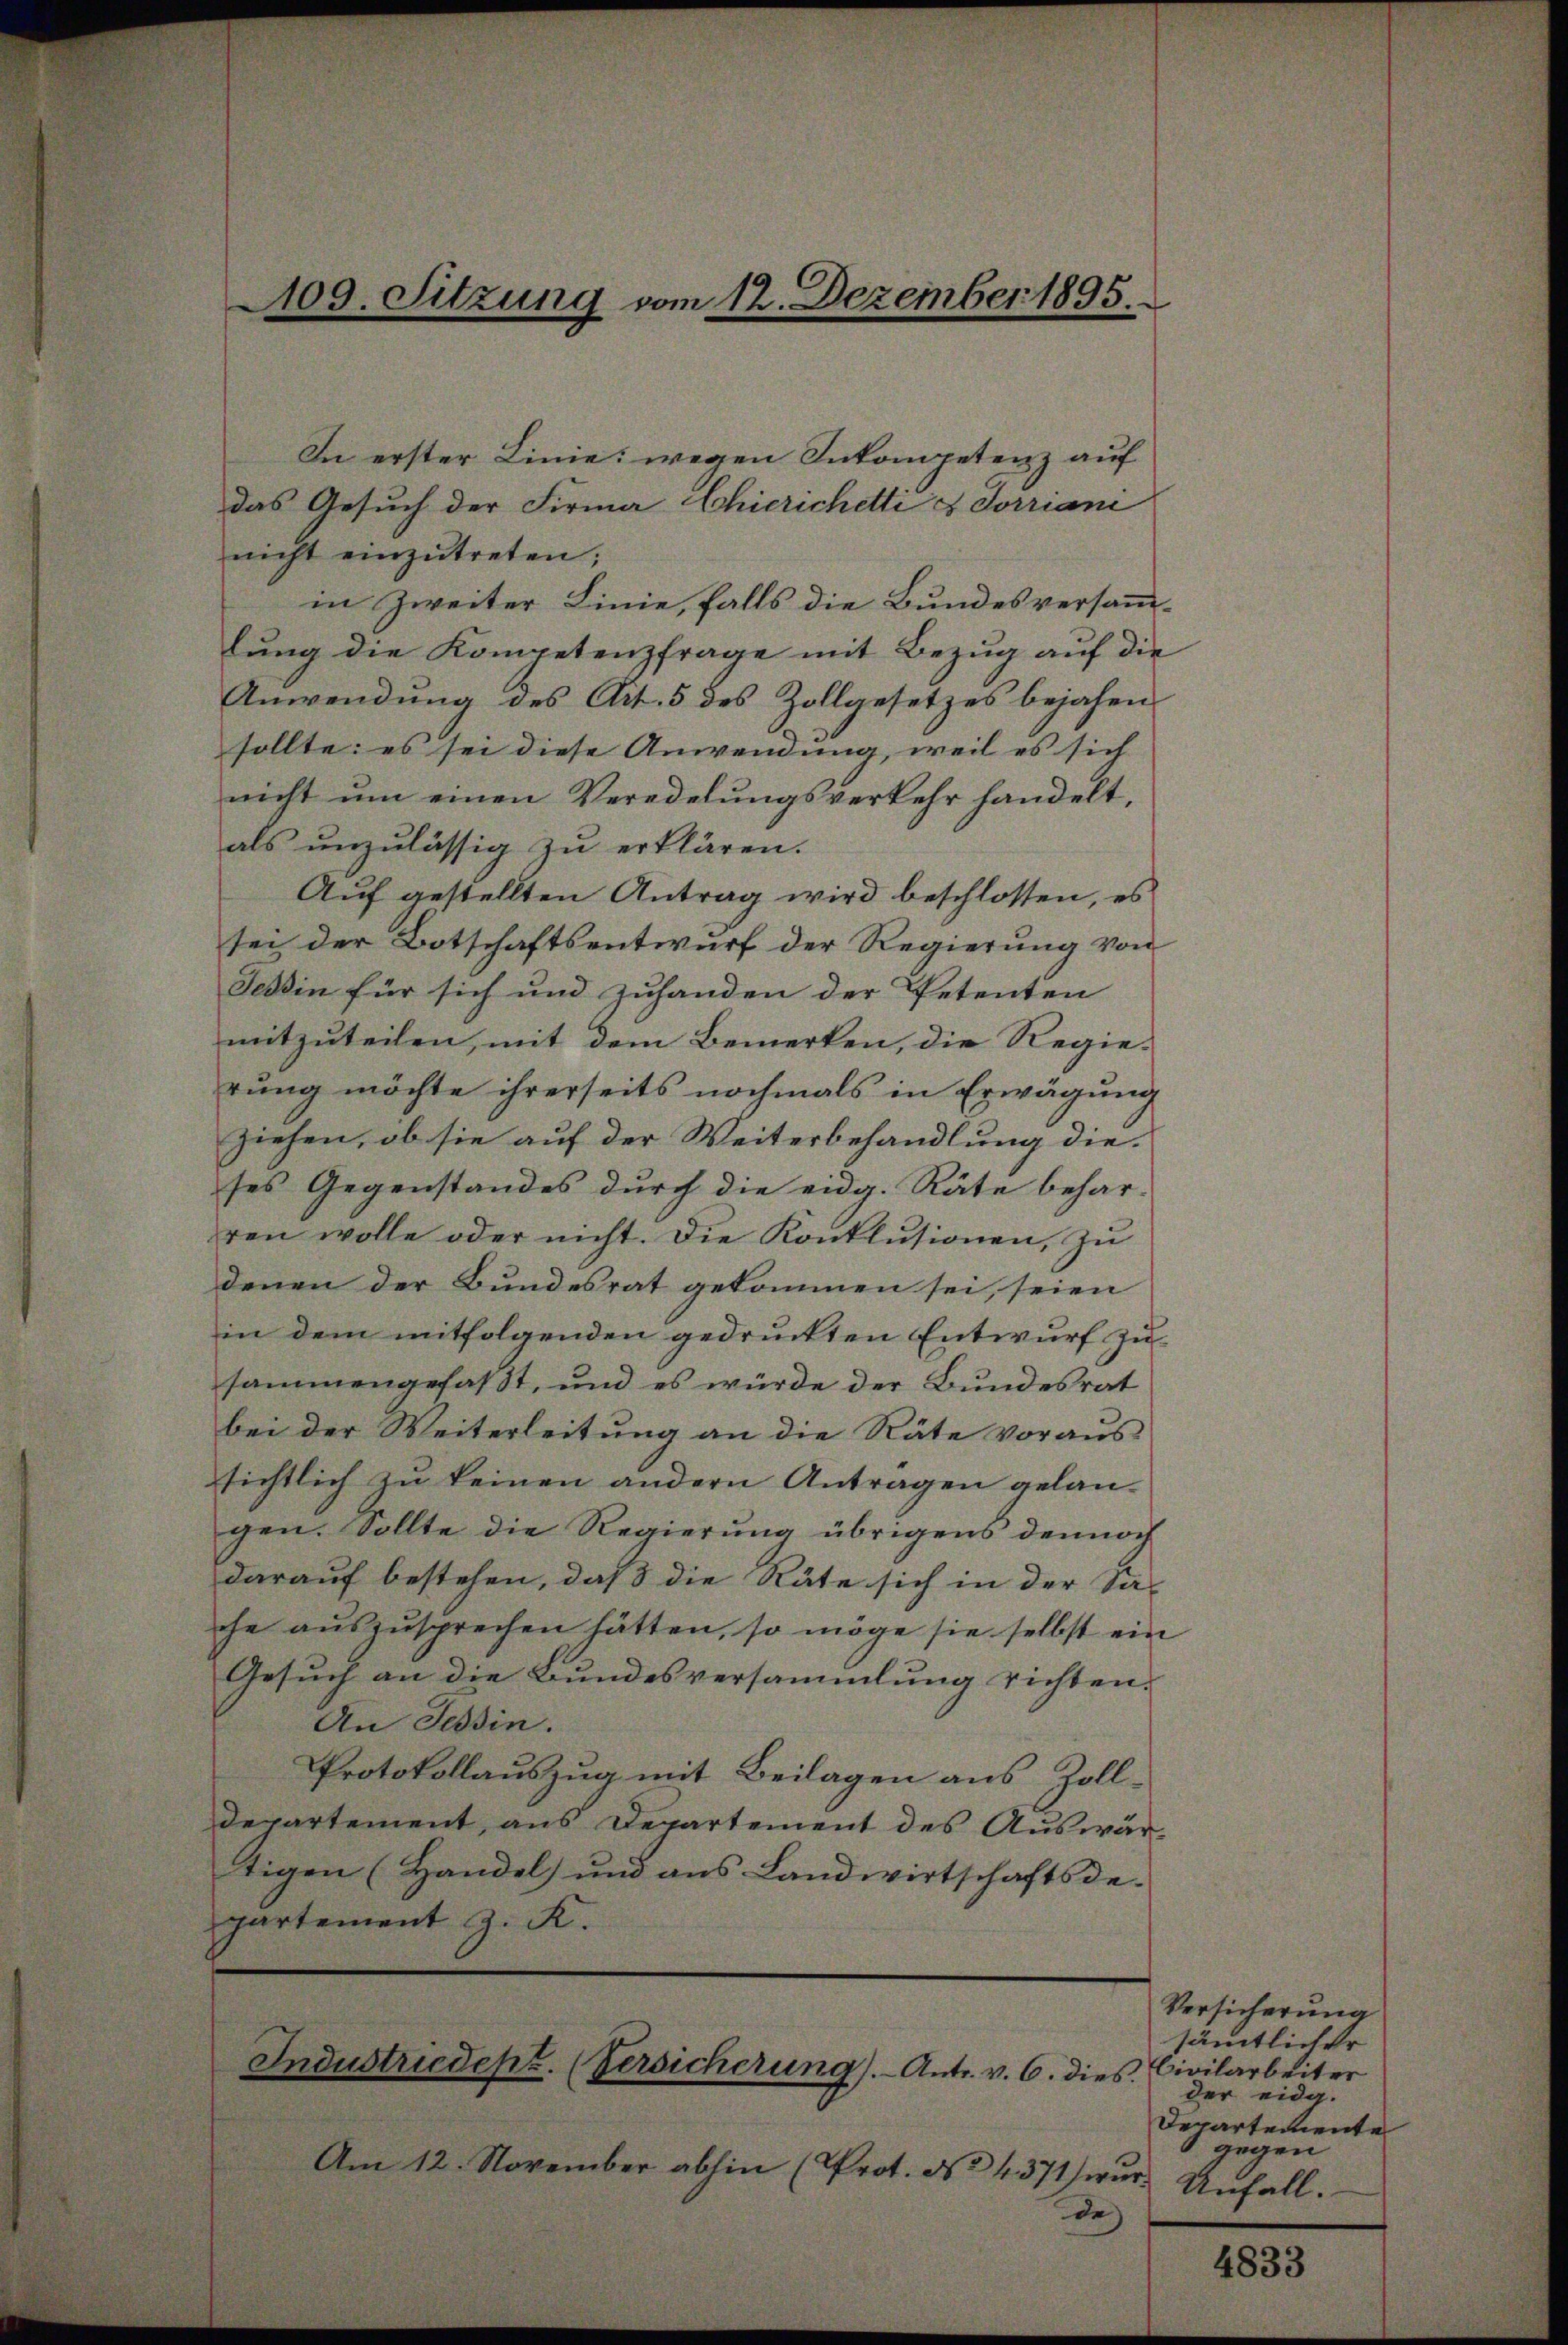
In erster Linie: wegen Inkompetenz auf
das Gesuch der Firma Chierichetti & Jorriani
nicht einzŭtreten;
in Zweiter Linie, falls die Bundesversammlung die Kompetenzfrage mit Bezug auf die
Anwendung des Art. 5 des Zollgesetzes bejahen
sollte: es sei diese Anwendung, weil es sich
nicht ŭm einen Veredelŭngsverkehr handelt,
als unzulässig zu erklären.
Auf gestellten Antrag wird beschlossen, es
sei der Botschaftsentwurf der Regierung von
Tessin für sich und zuhanden der Petenten
mitzuteilen, mit dem Bemerken, die Regierung möchte ihrerseits nochmals in Erwägung
ziehen, ob sie auf der Weiterbehandlung dieses Gegenstandes durch die eidg. Räte behar-
ren wolle oder nicht. Die Konklŭsionen, zu
denen der Bundesrat gekommen sei, seien
in dem mitfolgenden gedruckten Entwurf zu
sammengefaßt, und es würde der Bundesrat
bei der Weiterleitung an die Räte voraus
sichtlich zu keinen andern Antragen gelan-
gen. Sollte die Regierung übrigens dennoch
darauf bestehen, daß die Räte sich in der Sa-
che aŭszŭsprechen hätten, so möge sie selbst ein
Gesuch an die Bundesversammlung richten.
An Tessin.
Protokollauszug mit Beilagen aus Zolldepartement, aus Departement des Auswärtigen (Handel und aus Landwirtschaftsde-
partement z. K.

109. Sitzung vom 12. Dezember 1895.

Am 12. November abhin (Prot. No 4371) wŭr Unfall.
de

Industriedept. (Versicherung). Antr. v. 6. dies

Versicherung
sämtlicher
Civilarbeiter
der eidg.
Departemente
gegen

4833